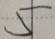
5